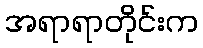
အရာရာတိုင်းက